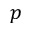
p